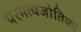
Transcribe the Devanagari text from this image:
परमत्थजोतिका